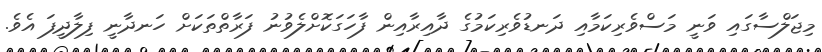
މިޖަލްސާގައި ވަނީ މަސްވެރިކަމާއި ދަނޑުވެރިކަމުގެ ދާއިރާއިން ފާހަގަކޮށްލެވުނު ފަރާތްތަކަށް ހަނދާނީ ފިލާދީފަ އެވެ.